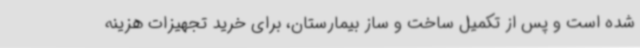
شده است و پس از تکمیل ساخت و ساز بیمارستان، برای خرید تجهیزات هزینه